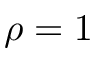
\rho = 1